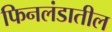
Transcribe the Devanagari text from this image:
फिनलंडातील